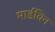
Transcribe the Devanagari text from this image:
मार्डविन